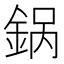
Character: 𬫚